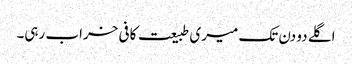
اگلے دو دن تک میری طبیعت کافی خراب رہی۔